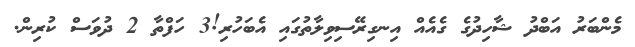
މެންބަރު އަބްދު ޝާހިދުގެ ގެއެއް އިނގިރޭސިވިލާތުގައި އެބަހުރި!3 ހަފްތާ 2 ދުވަސް ކުރިން.